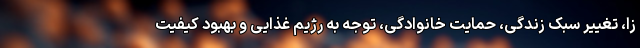
زا، تغییر سبک زندگی، حمایت خانوادگی، توجه به رژیم غذایی و بهبود کیفیت